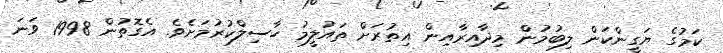
ކަމުގެ ޔަގީންކަން ލިބުމުން މިދާއިރާއިން އިތުރަށް ތައުލީމު ހާސިލްކުރުމަށެވެ. އެގޮތުން 1998 ވަނަ